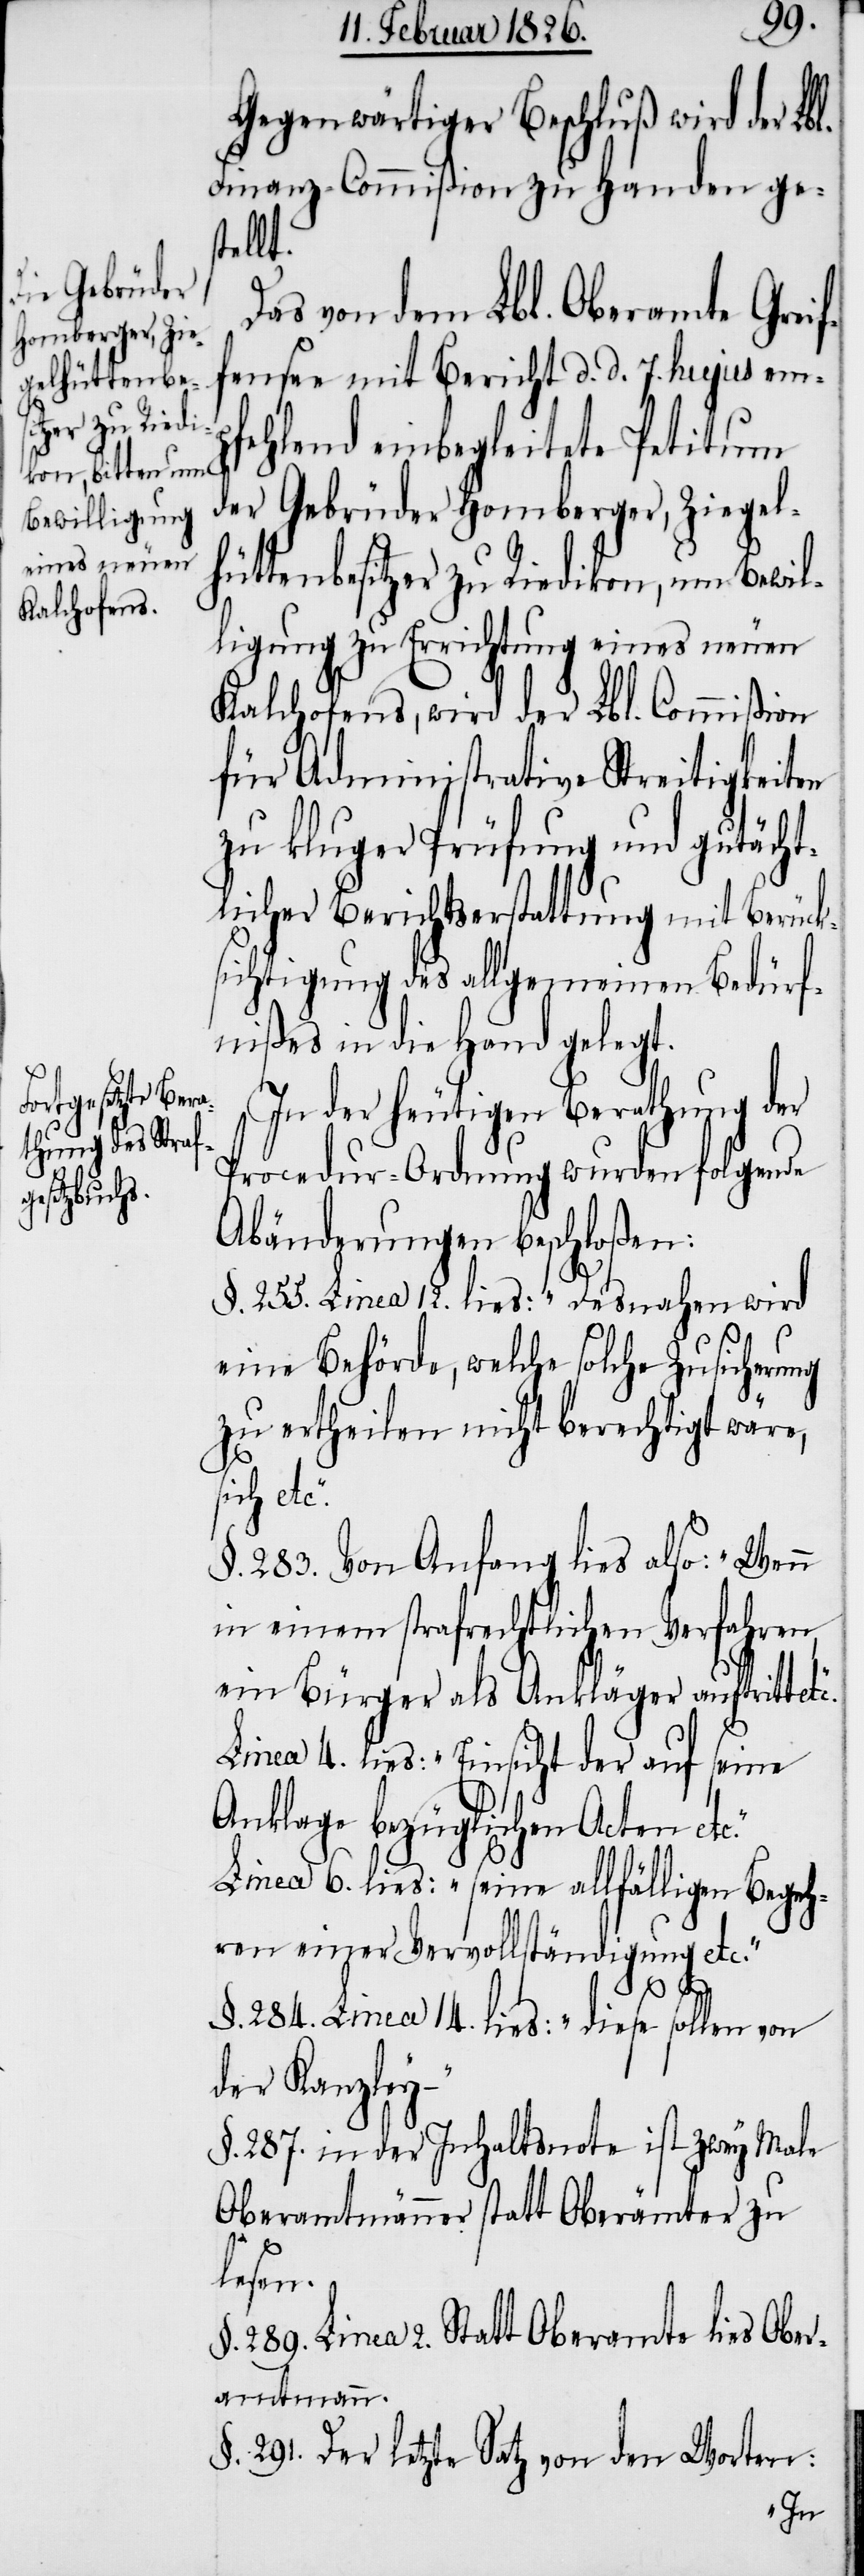
gelhüttenbe¬

Gegenwärtiger Beschluß wird der Lbl.
Finanz-Commißion zu Handen ges¬
tellt.
Das von dem Lbl. Oberamte Greif¬
fensee mit Bericht d. d. 7. hujus emp¬
fehlend einbegleitete Petitum
der Gebrüder Homberger, Zie¬
sitzer zu Riedikon, um Bewil¬
ligung zu Errichtung eines neuen
Kalchofens, wird der Lbl. Commißion
für Administrative Streitigkeiten
zu kluger Prüfung und gutächt¬
licher Berichtserstattung mit Berück¬
sichtigung des allgemeinen Bedürf¬
nißes in die Hand gelegt.
In der heutigen Berathung der
Procedur-Ordnung wurden folgende
Abänderungen beschloßen:
§. 255. Linea 12. lies: „Desnahen wird
eine Behörde, welche solche Zusicherung
zu ertheilen nicht berechtigt wäre,
sich etc.“
§. 283. Von Anfang lies also: „Wenn
in einem strafrechtlichen Verfahren,
ein Bürger als Ankläger auftritt
Linea 4. lies: „Einsicht der auf seine
Anklage bezüglichen Acten etc.“
Linea 6. lies: „seine allfälligen Begeh¬
ren einer Vervollständigung etc.“
§. 284. Linea 14. lies: „diese sollen von
der Kanzley
§. 287. in der Inhaltsnote ist zwey Male
Oberamtmänner statt Oberämter zu
lesen.
§. 289. Linea 9. Statt Oberamte lies Ober¬
amtmann.
§. 291. Der letzte Satz von den Worten: